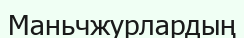
Маньчжурлардың